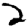
Digit: 2